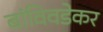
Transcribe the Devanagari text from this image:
बांविवडेकर